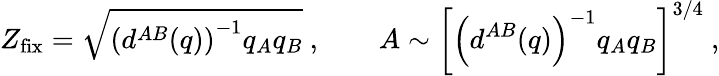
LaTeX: Z_{\mathrm{fix}}=\sqrt{\left(d^{AB}(q)\right)^{-1}q_{A}q_{B}}\ ,\qquad A\sim\left[\left(d^{AB}(q)\right)^{-1}q_{A}q_{B}\right]^{3/4}\ ,